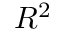
R ^ { 2 }